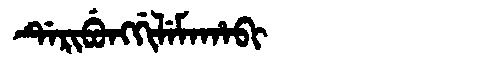
Manchu: ᡩᡝᡵᡳᠪᡠᠩᡤᡳᠯᡝᠮᠠᡥᠠᠪᡳ
Romanization: DERIBUNGGILEMAHABI